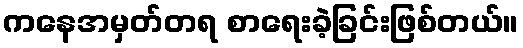
ကနေအမှတ်တရ စာရေးခဲ့ခြင်းဖြစ်တယ်။